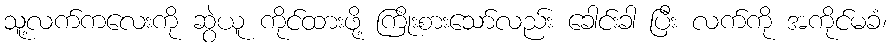
သူ့လက်ကလေးကို ဆွဲယူ ကိုင်ထားဖို့ ကြိုးစားသော်လည်း ခေါင်းခါ ပြီး လက်ကို အကိုင်မခံ၊